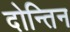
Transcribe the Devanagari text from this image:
दोन्तिन